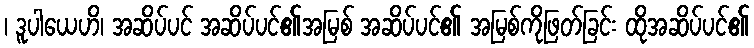
၊ ဒူပါယေဟိ၊ အဆိပ်ပင် အဆိပ်ပင်၏အမြစ် အဆိပ်ပင်၏ အမြစ်ကိုဖြတ်ခြင်း ထိုအဆိပ်ပင်၏